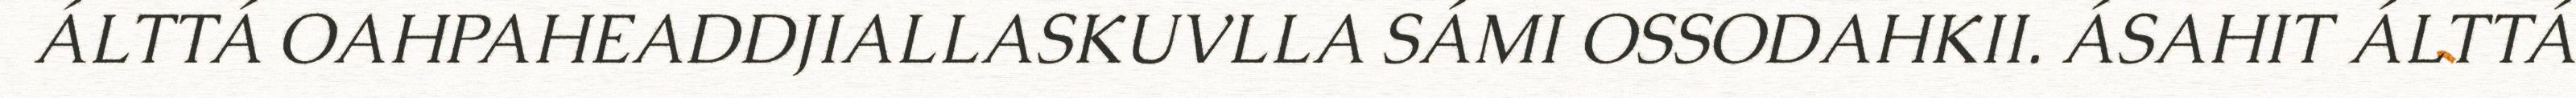
ÁLTTÁ OAHPAHEADDJIALLASKUVLLA SÁMI OSSODAHKII. ÁSAHIT ÁLTTÁ